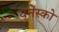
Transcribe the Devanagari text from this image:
युनेस्‍को